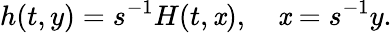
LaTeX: h(t,y)=s^{-1}H(t,\mathit{x}),\quad\mathit{x}=s^{-1}y.